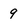
Character: 9